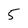
Character: 5